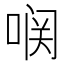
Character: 𱓥